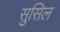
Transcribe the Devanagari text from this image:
सुसिल